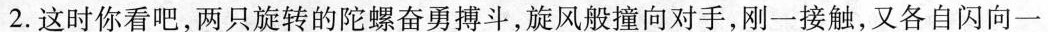
2.这时你看吧，两只旋转的陀螺奋勇搏斗，旋风般撞向对手，刚一接触，又各自闪向一